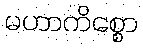
မဟာကိစ္စော